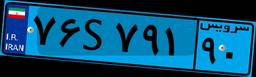
۷۶S۷۹۱۹۰